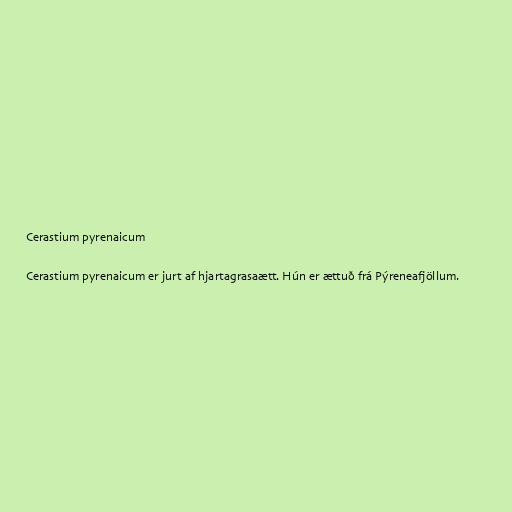
Cerastium pyrenaicum

Cerastium pyrenaicum er jurt af hjartagrasaætt. Hún er ættuð frá Pýreneafjöllum.